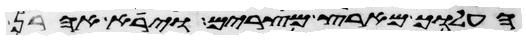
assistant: העלוך מארץ מצרים וירא אהרן